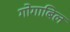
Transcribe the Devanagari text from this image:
गोगाबिल